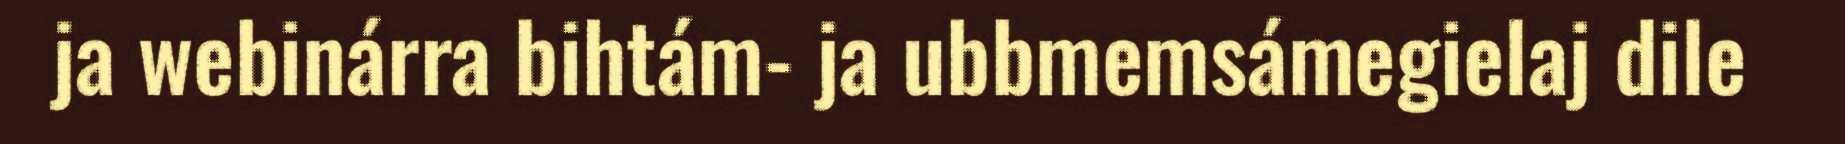
ja webinárra bihtám- ja ubbmemsámegielaj dile